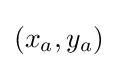
(x_{a},y_{a})